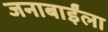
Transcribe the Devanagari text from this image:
जनाबाईंला